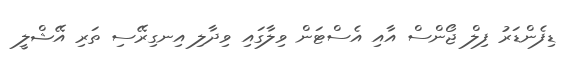
ޑިފެންޑަރު ފިލް ޖޯންސް އާއި އެސްޓަން ވިލާގައި ވިދާލި އިނގިރޭސި ތަރި އޭޝްލީ